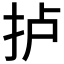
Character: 𢫘